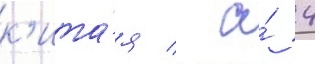
к'ита́я / а́ 4